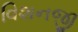
વિશનજી